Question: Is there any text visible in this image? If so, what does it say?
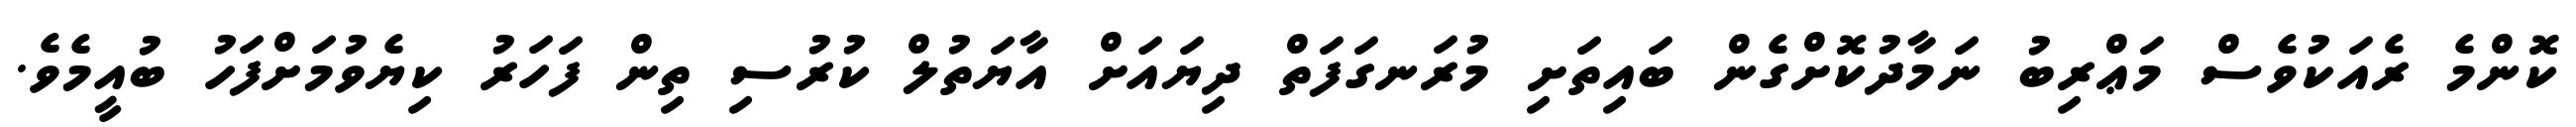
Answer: ކޮންމެ ރެއަކުވެސް މަޢްރިބު ނަމާދުކޮށްގެން ބައިތަށި މުރަނގަފަތް ދިޔައަށް އާޔަތުލް ކުރުސި ތިން ފަހަރު ކިޔެވުމަށްފަހު ބުއީމެވެ.